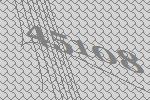
45108